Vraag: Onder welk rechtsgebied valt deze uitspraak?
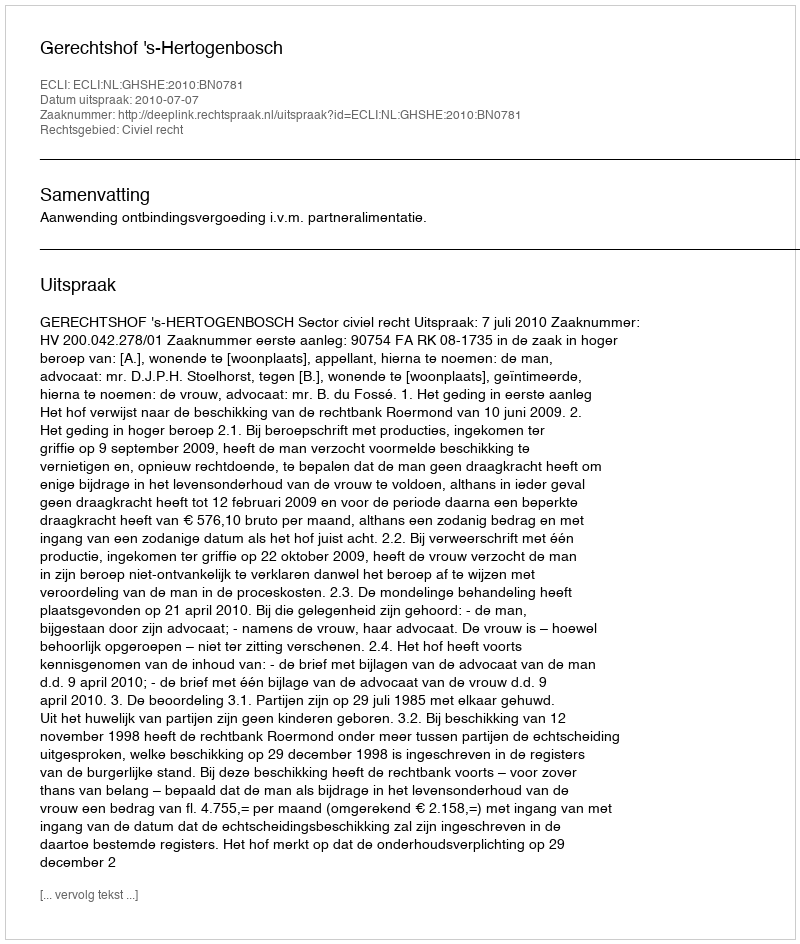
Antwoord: Civiel recht